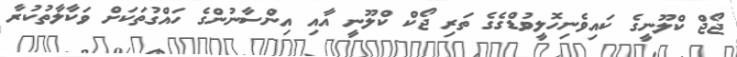
ޖޯޖް ކްލޫނީގެ ކައިވެނިހޮލީވުޑްގެގެ ތަރި ޖޯކް ކްލޫނީ އާއި އިންސާނުންގެ ހައްގުތަކަށް ވަކާލާތުކުރާ